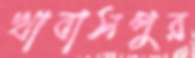
খাবাসপুর